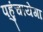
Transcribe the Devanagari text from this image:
पहुंचायेगा